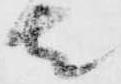
者